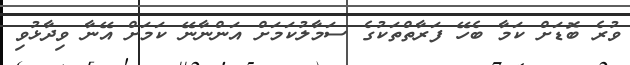
ވުރެ ބޮޑަށް ކަމާ ބެހޭ ފަރާތްތަކުގެ ސަމާލުކަމަށް އަންނާނޭ ކަމަށް އޭނާ ވިދާޅުވި